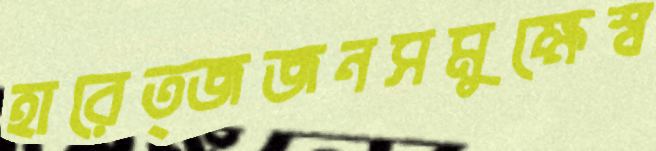
হারেত্জজনসমুক্ষেস্ব